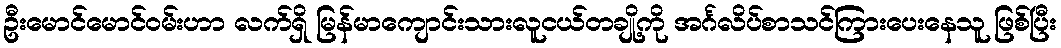
ဦးမောင်မောင်ဝမ်းဟာ လက်ရှိ မြန်မာကျောင်းသားလူငယ်တချို့ကို အင်္ဂလိပ်စာသင်ကြားပေးနေသူ ဖြစ်ပြီး